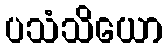
ပသံသိယော